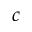
c